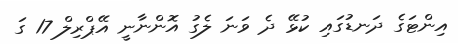
އިންޓަގެ ދަނޑުގައި ކުޅޭ ދެ ވަނަ ލެގު އޮންނާނީ އޭޕްރިލް 17 ގަ